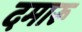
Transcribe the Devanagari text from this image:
दमारू